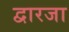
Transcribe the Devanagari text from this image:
द्वारजा